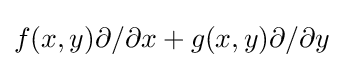
f(x,y)\partial /\partial x+g(x,y)\partial /\partial y